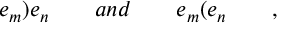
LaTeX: e _ { m } \mathbf { ) } e _ { n } \quad \quad a n d \quad \quad e _ { m } \mathbf { ( } e _ { n } \quad \quad ,